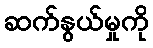
ဆက်နွယ်မှုကို